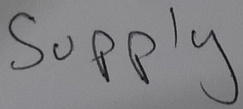
Text: Supply